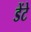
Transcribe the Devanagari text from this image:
डेंटे